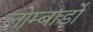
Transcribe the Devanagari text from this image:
लोम्बार्ड़ो